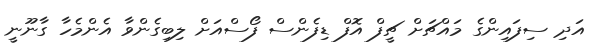
އަދި ސިފައިންގެ މައްޗަށް ޗީފް އޮފް ޑިފެންސް ފޯސްއަށް ލިބިގެންވާ އެންމެހާ ގާނޫނީ